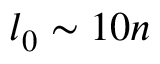
l _ { 0 } \sim 1 0 n